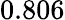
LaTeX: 0.806